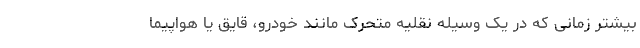
بیشتر زمانی که در یک وسیله نقلیه متحرک مانند خودرو، قایق یا هواپیما